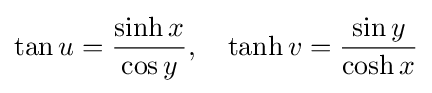
\tan u={\frac {\sinh x}{\cos y}},\quad \tanh v={\frac {\sin y}{\cosh x}}